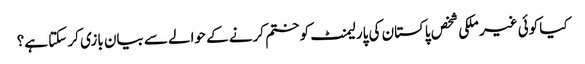
کیا کوئی غیر ملکی شخص پاکستان کی پارلیمنٹ کو ختم کرنے کے حوالے سے بیان بازی کر سکتا ہے؟